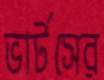
ভার্টসের